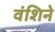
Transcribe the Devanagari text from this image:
वंशिने